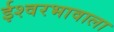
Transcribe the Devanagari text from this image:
ईश्‍वरभावाला